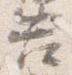
告